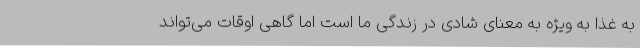
به غذا به ویژه به معنای شادی در زندگی ما است اما گاهی اوقات می‌تواند